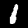
Label: 1